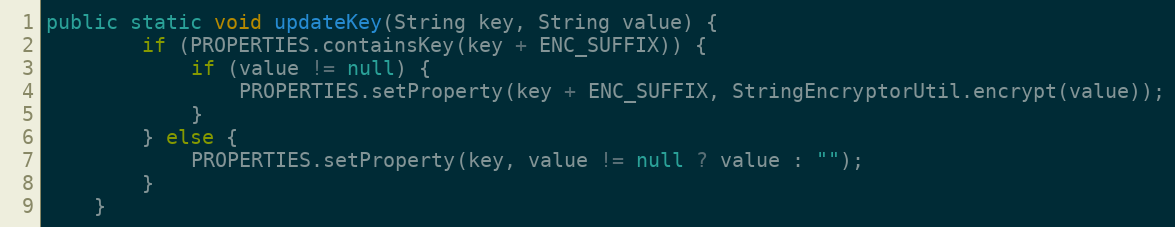
Language: Java
public static void updateKey(String key, String value) {
		if (PROPERTIES.containsKey(key + ENC_SUFFIX)) {
			if (value != null) {
				PROPERTIES.setProperty(key + ENC_SUFFIX, StringEncryptorUtil.encrypt(value));
			}
		} else {
			PROPERTIES.setProperty(key, value != null ? value : "");
		}
	}